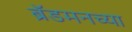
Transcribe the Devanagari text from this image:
ब्रॅडमनच्या